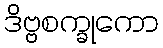
ဒိဗ္ဗစက္ခုကော